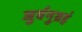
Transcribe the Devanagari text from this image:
जुर्वनुग्रहं